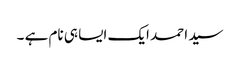
سید احمد ایک ایسا ہی نام ہے ۔